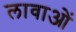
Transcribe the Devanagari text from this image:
लावाओं